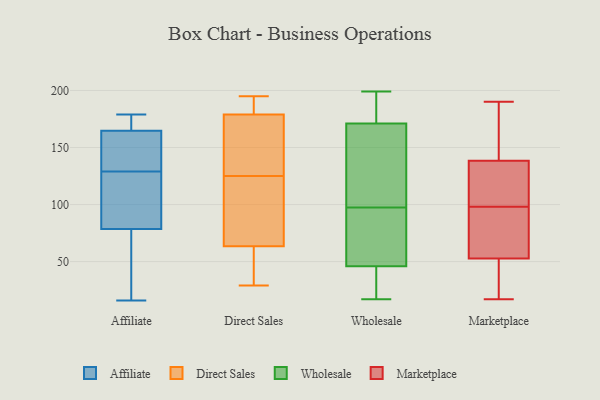
{"axis": {"x": "Population (Million)", "y": "Value"}, "legend": ["Affiliate", "Direct Sales", "Marketplace", "Wholesale"], "data": [{"x": "", "y": 32, "type": "Affiliate"}, {"x": "", "y": 164, "type": "Affiliate"}, {"x": "", "y": 68, "type": "Affiliate"}, {"x": "", "y": 165, "type": "Affiliate"}, {"x": "", "y": 76, "type": "Affiliate"}, {"x": "", "y": 138, "type": "Affiliate"}, {"x": "", "y": 171, "type": "Affiliate"}, {"x": "", "y": 86, "type": "Affiliate"}, {"x": "", "y": 153, "type": "Affiliate"}, {"x": "", "y": 25, "type": "Affiliate"}, {"x": "", "y": 109, "type": "Affiliate"}, {"x": "", "y": 129, "type": "Affiliate"}, {"x": "", "y": 16, "type": "Affiliate"}, {"x": "", "y": 179, "type": "Affiliate"}, {"x": "", "y": 101, "type": "Affiliate"}, {"x": "", "y": 95, "type": "Affiliate"}, {"x": "", "y": 178, "type": "Affiliate"}, {"x": "", "y": 140, "type": "Affiliate"}, {"x": "", "y": 172, "type": "Affiliate"}, {"x": "", "y": 188, "type": "Direct Sales"}, {"x": "", "y": 125, "type": "Direct Sales"}, {"x": "", "y": 62, "type": "Direct Sales"}, {"x": "", "y": 195, "type": "Direct Sales"}, {"x": "", "y": 161, "type": "Direct Sales"}, {"x": "", "y": 64, "type": "Direct Sales"}, {"x": "", "y": 29, "type": "Direct Sales"}, {"x": "", "y": 94, "type": "Direct Sales"}, {"x": "", "y": 178, "type": "Direct Sales"}, {"x": "", "y": 132, "type": "Direct Sales"}, {"x": "", "y": 120, "type": "Direct Sales"}, {"x": "", "y": 182, "type": "Direct Sales"}, {"x": "", "y": 61, "type": "Direct Sales"}, {"x": "", "y": 194, "type": "Wholesale"}, {"x": "", "y": 70, "type": "Wholesale"}, {"x": "", "y": 199, "type": "Wholesale"}, {"x": "", "y": 56, "type": "Wholesale"}, {"x": "", "y": 153, "type": "Wholesale"}, {"x": "", "y": 35, "type": "Wholesale"}, {"x": "", "y": 93, "type": "Wholesale"}, {"x": "", "y": 76, "type": "Wholesale"}, {"x": "", "y": 104, "type": "Wholesale"}, {"x": "", "y": 22, "type": "Wholesale"}, {"x": "", "y": 17, "type": "Wholesale"}, {"x": "", "y": 189, "type": "Wholesale"}, {"x": "", "y": 102, "type": "Wholesale"}, {"x": "", "y": 46, "type": "Wholesale"}, {"x": "", "y": 46, "type": "Wholesale"}, {"x": "", "y": 186, "type": "Wholesale"}, {"x": "", "y": 152, "type": "Wholesale"}, {"x": "", "y": 171, "type": "Wholesale"}, {"x": "", "y": 117, "type": "Marketplace"}, {"x": "", "y": 79, "type": "Marketplace"}, {"x": "", "y": 190, "type": "Marketplace"}, {"x": "", "y": 17, "type": "Marketplace"}, {"x": "", "y": 175, "type": "Marketplace"}, {"x": "", "y": 46, "type": "Marketplace"}, {"x": "", "y": 55, "type": "Marketplace"}, {"x": "", "y": 167, "type": "Marketplace"}, {"x": "", "y": 129, "type": "Marketplace"}, {"x": "", "y": 18, "type": "Marketplace"}, {"x": "", "y": 107, "type": "Marketplace"}, {"x": "", "y": 96, "type": "Marketplace"}, {"x": "", "y": 98, "type": "Marketplace"}]}